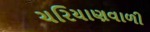
ચરિયાણવાળી